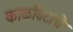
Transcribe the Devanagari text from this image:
काळविटाचे